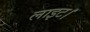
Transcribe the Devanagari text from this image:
लाइट।